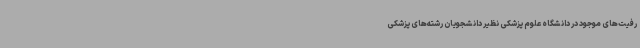
رفیت‌های موجود در دانشگاه علوم پزشکی نظیر دانشجویان رشته‌های پزشکی